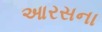
આરસના